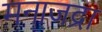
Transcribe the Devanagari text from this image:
मनाजद्रा